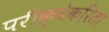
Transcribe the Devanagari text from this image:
परीक्षेकरिता